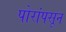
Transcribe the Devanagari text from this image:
पोरांपसून